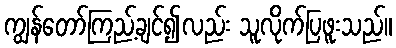
ကျွန်တော်ကြည့်ချင်၍လည်း သူလိုက်ပြဖူးသည်။